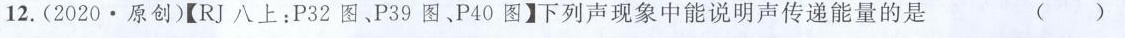
12.(2020·原创)【RJ八上：P32图、P39图、P40图】下列声现象中能说明声传递能量的是 ( )